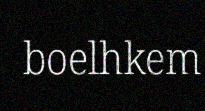
boelhkem